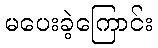
မပေးခဲ့ကြောင်း